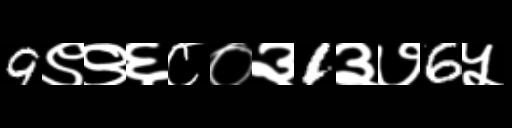
Text: 9९९६८०३1३७6५